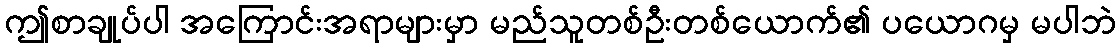
ဤစာချုပ်ပါ အကြောင်းအရာများမှာ မည်သူတစ်ဦးတစ်ယောက်၏ ပယောဂမှ မပါဘဲ